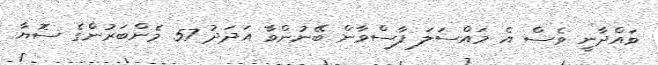
ވައްދާނީ ވެސް އެ މައްސަލަ ފާސްވާން ބޭނުންވާ އަދަދު 57 މެންބަރުންގެ ސޮޔާ